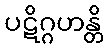
ပဋိဂ္ဂဟန္တိ